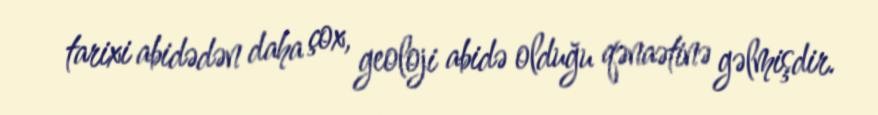
tarixi abidədən daha çox, geoloji abidə olduğu qənaətinə gəlmişdir.